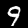
Label: 9